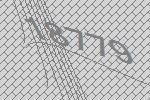
18779